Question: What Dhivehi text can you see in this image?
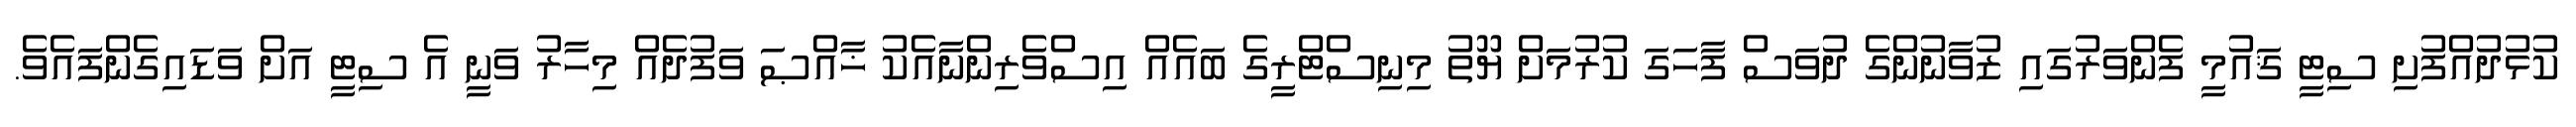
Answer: ކުޅުދުއްފުށި ސިޓީ ޤައުމީ ފެންވަރުގައި ޒުވާނުންގެ ދުވަސް ފާހަގަ ކުރުމަށް ޔޫތު މިނިސްޓްރީގެ ބައެއް އިސްވެރިންނާއެކު ޚާއްޞަ ވަފުދެއް މިހާރު ވަނީ އެ ސިޓީ އަށް ވަޑައިގެންފައެވެ.